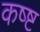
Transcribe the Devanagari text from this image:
कष्ष्ट